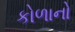
કોળાનો